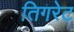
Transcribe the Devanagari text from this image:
तिगरेट